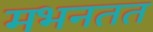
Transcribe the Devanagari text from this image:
मभनतत